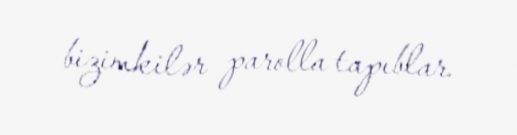
bizimkilər parolla tapıblar.